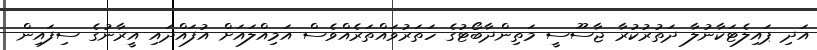
އަދި ޕައިލެޓަކާނުލާ ދަތުރުކުރާ ޖާސޫސީ މަތިންދާބޯޓުގެ ހަތަރުވައްތަރެއްވެސް އަމިއްލައަށް އުފައްދައި އީރާނުގެ ސިފައިން